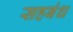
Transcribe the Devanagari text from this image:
सहबंध